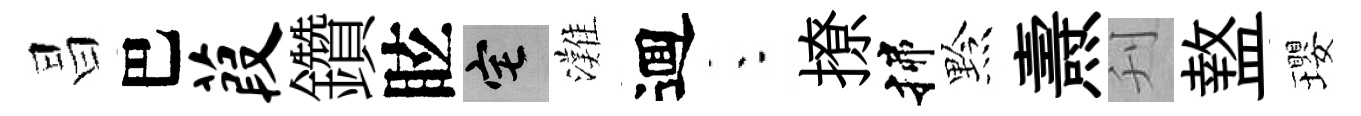
昌巴葭鑽眩宅灘逥朱撩揲黔燾刋盩瓔